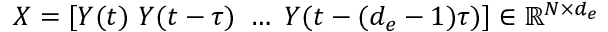
X = [ Y ( t ) \, \, Y ( t - \tau ) \, \, \ldots \, \, Y ( t - ( d _ { e } - 1 ) \tau ) ] \in \mathbb { R } ^ { N \times d _ { e } }